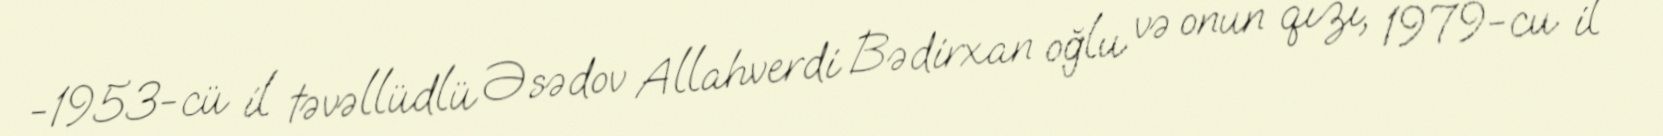
-1953-cü il təvəllüdlü Əsədov Allahverdi Bədirxan oğlu və onun qızı, 1979-cu il